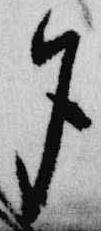
夕